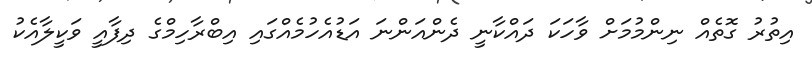
އިތުރު ގޮތެއް ނިންމުމަށް ވާހަކަ ދައްކާނީ ދެންއަންނަ އަޑުއެހުމެއްގައި އިބްރާހިމްގެ ދިފާއީ ވަކީލާއެކު